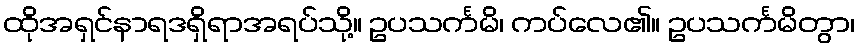
ထိုအရှင်နာရဒရှိရာအရပ်သို့။ ဥပသင်္ကမိ၊ ကပ်လေ၏။ ဥပသင်္ကမိတွာ၊